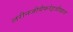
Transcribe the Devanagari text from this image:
लरीनजीयैफरेइजीयाल